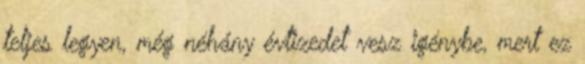
teljes legyen, még néhány évtizedet vesz igénybe, mert ez